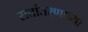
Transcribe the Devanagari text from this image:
सत्तांतरणाच्या